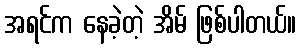
အရင်က နေခဲ့တဲ့ အိမ် ဖြစ်ပါတယ်။